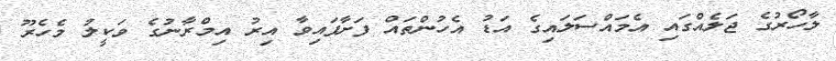
ލާހޯރުގެ ޖަލެއްގައި އެމައްސަލައިގެ އަޑު އެހުންތައް ފަށާފައިވާ އިރު އިމްރާނުގެ ވަކީލު މެހެރޫ